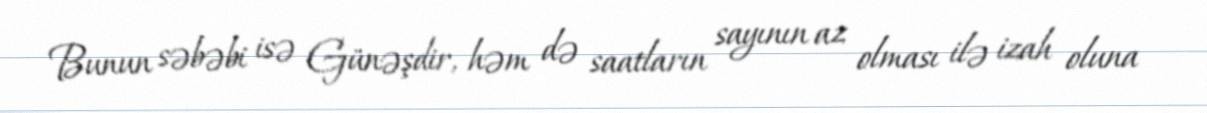
Bunun səbəbi isə Günəşdir, həm də saatların sayının az olması ilə izah oluna